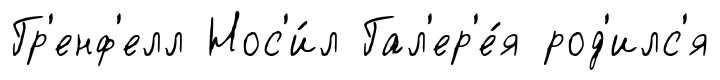
Гр'енф'елл Нос'и́л Гал'ер'е́я род'илс'я